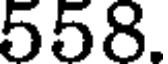
558.